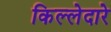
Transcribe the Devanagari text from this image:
किल्लेदारे